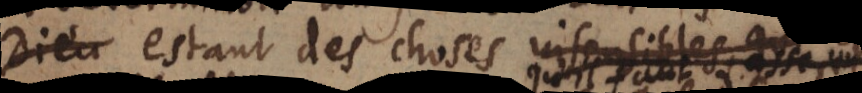
nt des choses insensibles, qui